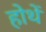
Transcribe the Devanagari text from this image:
होथें